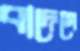
বাদেগে